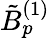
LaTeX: \tilde{B}_{p}^{(1)}